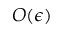
O ( \epsilon )